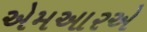
એમઆરએ